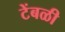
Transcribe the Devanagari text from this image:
टेंबळी